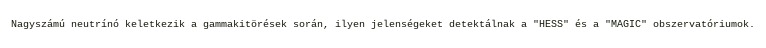
Nagyszámú neutrínó keletkezik a gammakitörések során, ilyen jelenségeket detektálnak a "HESS" és a "MAGIC" obszervatóriumok.